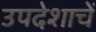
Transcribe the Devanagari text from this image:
उपदेशाचें